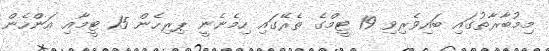
މިމުބާރާތުގައި ބައިވެރިވި 19 ޓީމްގެ ތެރޭގައި ހިމެނެނީ ޕިރިހެން 15 ޓީމާއި އަންހެން